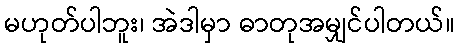
မဟုတ်ပါဘူး၊ အဲဒါမှာ ဓာတုအမျှင်ပါတယ်။